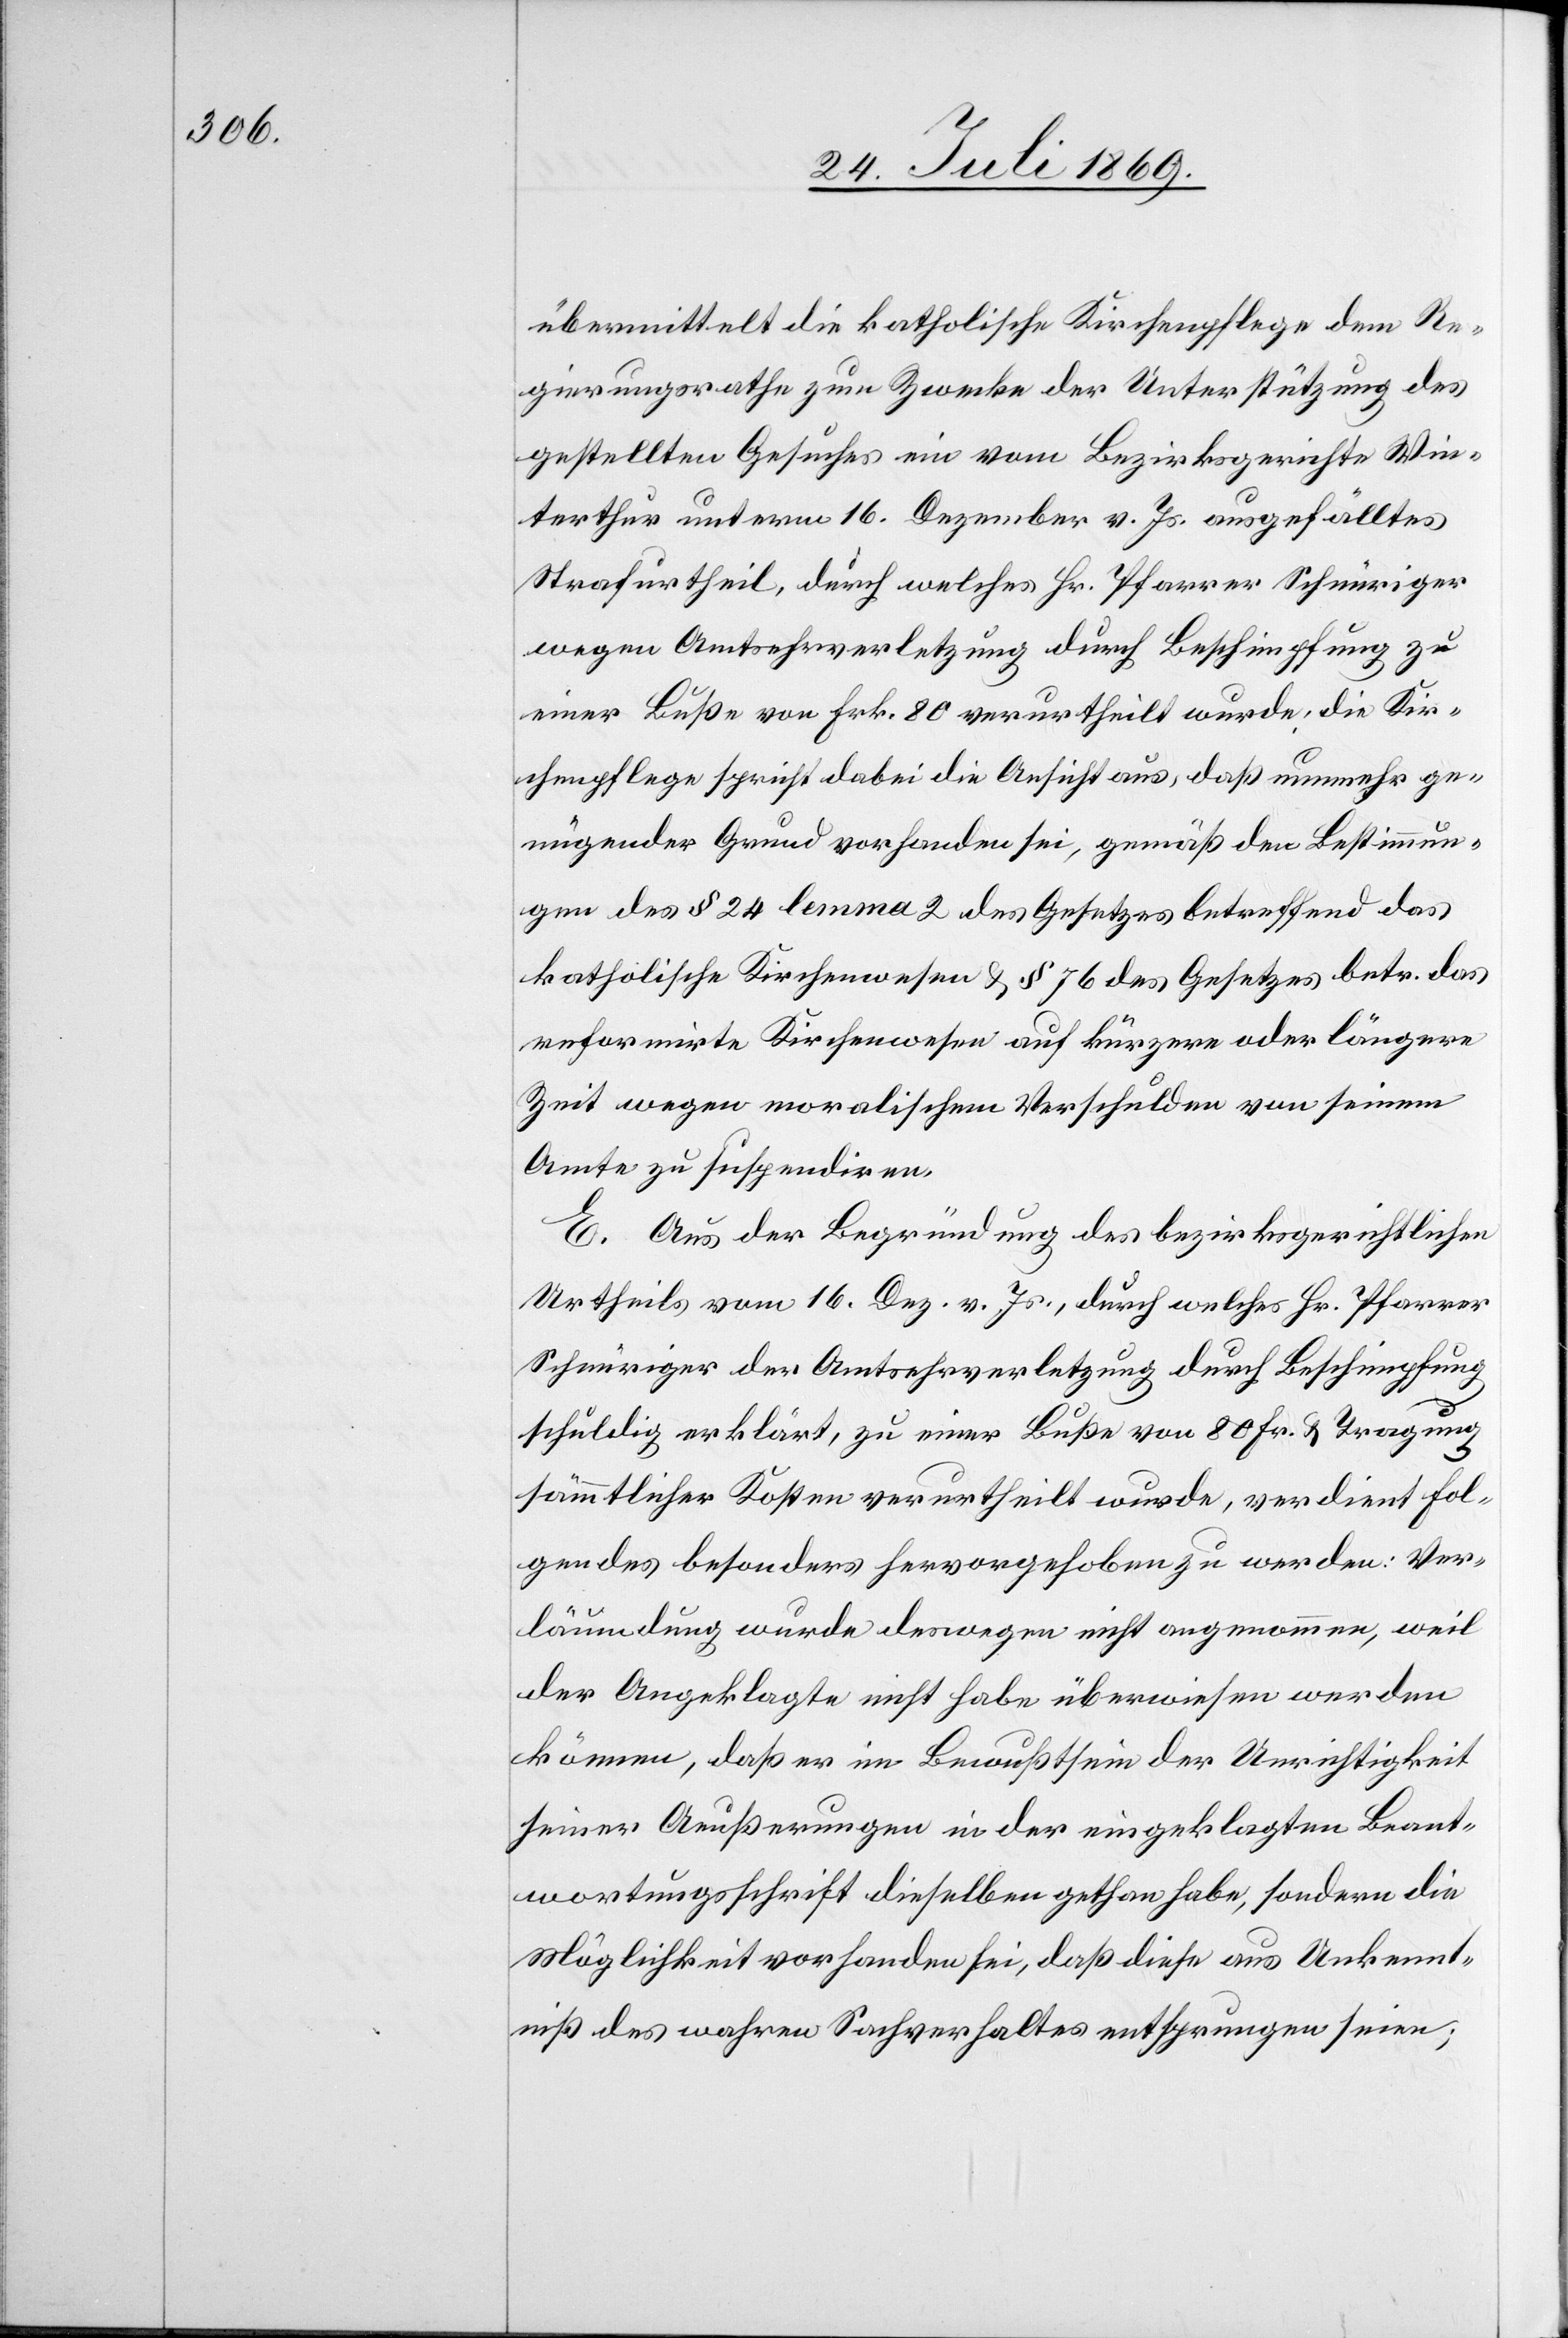
übermittelt die katholische Kirchenpflege dem Re¬
gierungsrathe zum Zwecke der Unterstützung des
gestellten Gesuches ein vom Bezirksgerichte Win¬
terthur unterm 16. Dezember v. Js. ausgefälltes
Strafurtheil, durch welches Hr. Pfarrer Schnüriger
wegen Amtsehrverletzung durch Beschimpfung zu
einer Buße von Frk. 80 verurtheilt wurde, die Kir¬
chenpflege spricht dabei die Ansicht aus, daß nunmehr ge¬
nügender Grund vorhanden, sei, gemäß den Bestimmun¬
gen des § 24 lemma 2 des Gesetzes betreffend das
katholische Kirchenwesen u. § 76 des Gesetzes betr. das
reformirte Kirchenwesen auf kürzere oder längere
Zeit wegen moralischem Verschulden von seinem
Amte zu suspendiren.
E. Aus der Begründung des bezirksgerichtlichen
Urtheils vom 16. Dez. v. Js., durch welches Hr. Pfarrer
Schnüriger der Amtsehrverletzung durch Beschimpfung
schuldig erklärt, zu einer Buße von 80 Fr. u. Tragung
sämmtlicher Kosten verurtheilt wurde, verdient Fol¬
gendes besonders hervorgehoben zu werden: Ver¬
läumdung wurde deswegen nicht angenommen, weil
der Angeklagte nicht habe überwiesen werden
können, daß er im Bewußtsein der Unrichtigkeit
seiner Aeußerungen in der eingeklagten Beant¬
wortungsschrift dieselben gethan habe, sondern die
Möglichkeit vorhanden sei, daß diese aus Unbekennt¬
niß des wahren Sachverhaltes entsprungen seien;